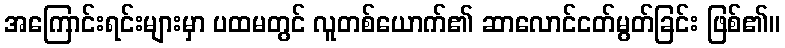
အကြောင်းရင်းများမှာ ပထမတွင် လူတစ်ယောက်၏ ဆာလောင်ငတ်မွတ်ခြင်း ဖြစ်၏။